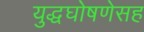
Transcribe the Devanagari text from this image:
युद्धघोषणेसह